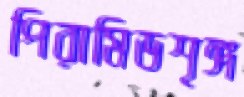
পিরামিডশৃঙ্গ